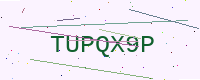
Text: TUPQX9P